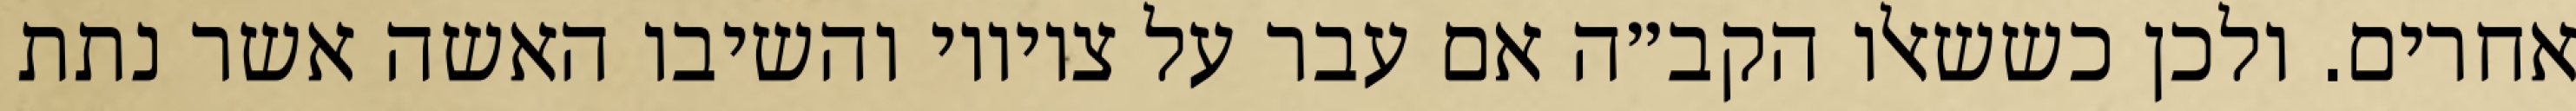
אחרים. ולכן כששאלו הקב״ה אם עבר על ציוויו והשיבו האשה אשר נתת